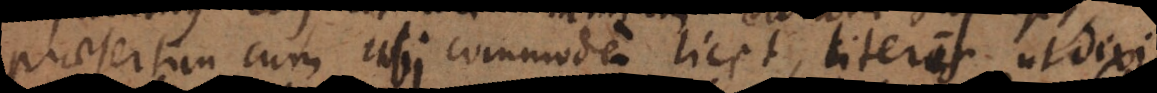
praesertim cum ubi commode licet, literis ut dixi